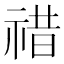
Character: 䄍